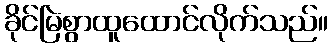
ခိုင်မြဲစွာထူထောင်လိုက်သည်။